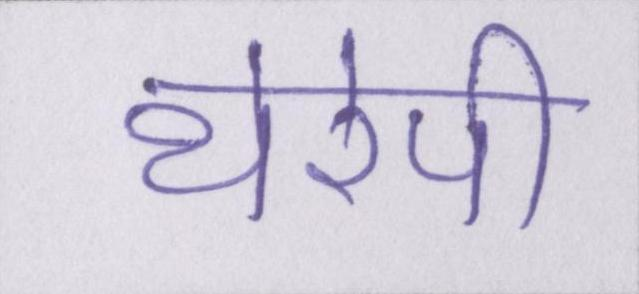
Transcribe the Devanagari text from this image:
थेरेपी